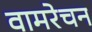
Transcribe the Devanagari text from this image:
वामरेचन